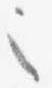
之